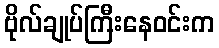
ဗိုလ်ချုပ်ကြီးနေဝင်းက